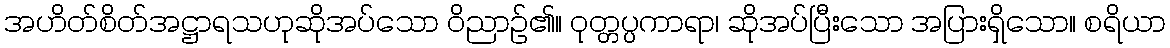
အဟိတ်စိတ်အဋ္ဌာရသဟုဆိုအပ်သော ဝိညာဉ်၏။ ဝုတ္တပ္ပကာရာ၊ ဆိုအပ်ပြီးသော အပြားရှိသော။ စရိယာ